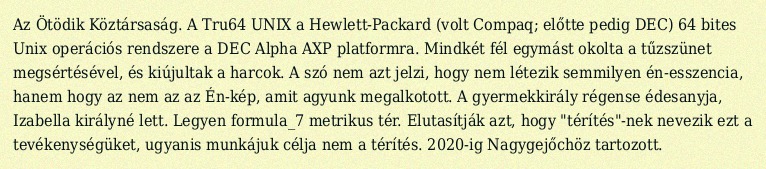
Az Ötödik Köztársaság. A Tru64 UNIX a Hewlett-Packard (volt Compaq; előtte pedig DEC) 64 bites Unix operációs rendszere a DEC Alpha AXP platformra. Mindkét fél egymást okolta a tűzszünet megsértésével, és kiújultak a harcok. A szó nem azt jelzi, hogy nem létezik semmilyen én-esszencia, hanem hogy az nem az az Én-kép, amit agyunk megalkotott. A gyermekkirály régense édesanyja, Izabella királyné lett. Legyen formula_7 metrikus tér. Elutasítják azt, hogy "térítés"-nek nevezik ezt a tevékenységüket, ugyanis munkájuk célja nem a térítés. 2020-ig Nagygejőchöz tartozott.